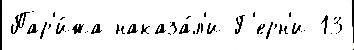
Пар'и́жа наказа́л'и Г'ерн'и 13